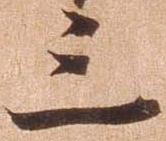
三